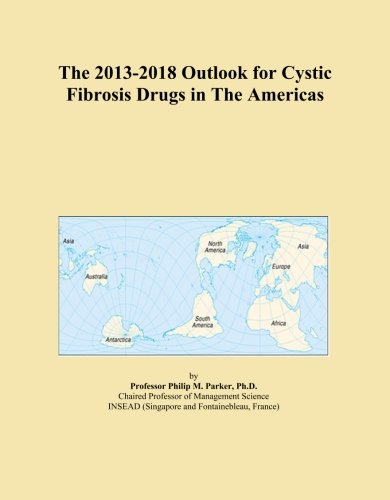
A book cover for The 2013-2018 Outlook for Cystic Fibrosis Drugs in The Americas; Icon Group International; Health, Fitness & Dieting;